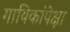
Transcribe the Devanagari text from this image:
गायिकांपेक्षा